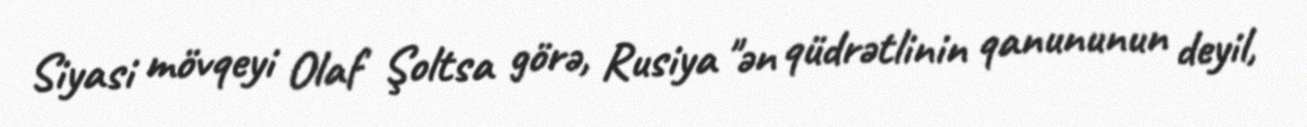
Siyasi mövqeyi Olaf Şoltsa görə, Rusiya "ən qüdrətlinin qanununun deyil,